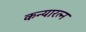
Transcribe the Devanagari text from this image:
कन्यारत्न